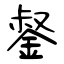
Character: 錖